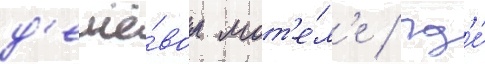
д'ешё́вом мот'е́л'е / гд'е́